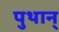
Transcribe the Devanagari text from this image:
पुथान्